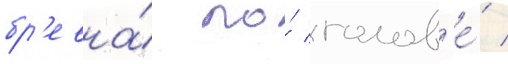
бр'евна́ по́ голов'е́ /